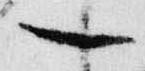
一